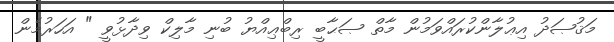
މަޤުޞަދު އިޢުލާންކުރައްވަމުން މާތް ޞަޙާބީ ރިބްޢިއްޔު ބުނި މާލިކް ވިދާޅުވީ " އަހަރުމެން